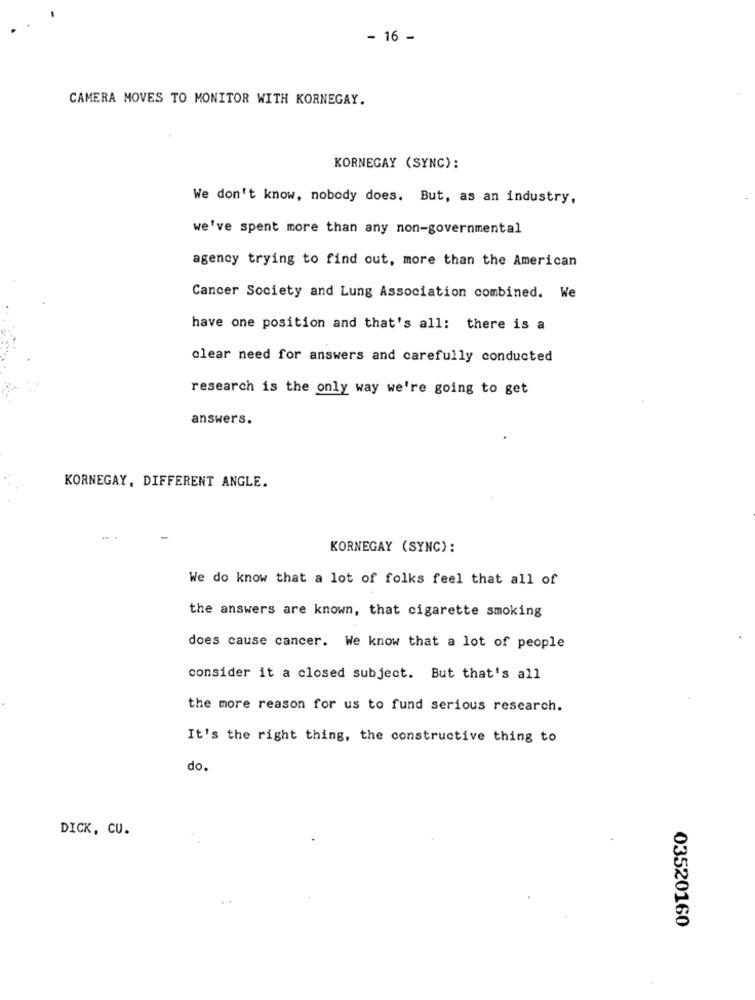
- 16 -
CAMERA MOVES TO MONITOR WITH KORNEGAY.
KORNEGAY (SYNC):
We don't know, nobody does. But, as an industry,
we've spent more than any non-governmental
agency trying to find out, more than the American
Cancer Society and Lung Association combined. We
have one position and that's all: there is a
clear need for answers and carefully conducted
research is the only way we're going to get
answers.
KORNEGAY, DIFFERENT ANGLE.
KORNEGAY (SYNC):
We do know that a lot of folks feel that all of
the answers are known, that cigarette smoking
does cause cancer. We know that a lot of people
consider it a closed subject. But that's all
the more reason for us to fund serious research.
It's the right thing, the constructive thing to
do.
DICK, CU.
03520160